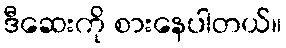
ဒီဆေးကို စားနေပါတယ်။